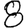
Digit: 8